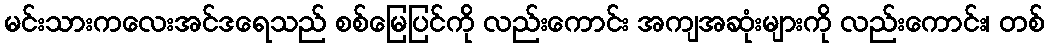
မင်းသားကလေးအင်ဒရေသည် စစ်မြေပြင်ကို လည်းကောင်း အကျအဆုံးများကို လည်းကောင်း၊ တစ်